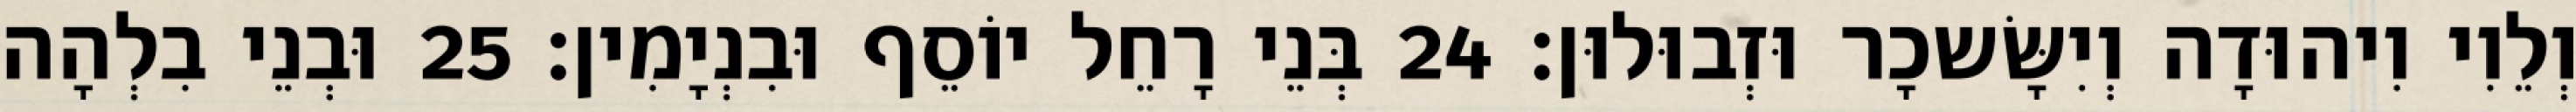
וְלֵוִי וִיהוּדָה וְיִשָּׂשכָר וּזְבוּלוּן׃ 24 בְּנֵי רָחֵל יוֹסֵף וּבִנְיָמִין׃ 25 וּבְנֵי בִלְהָה